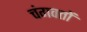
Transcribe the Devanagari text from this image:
चंगवतों